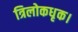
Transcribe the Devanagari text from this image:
त्रिलोकधृक।